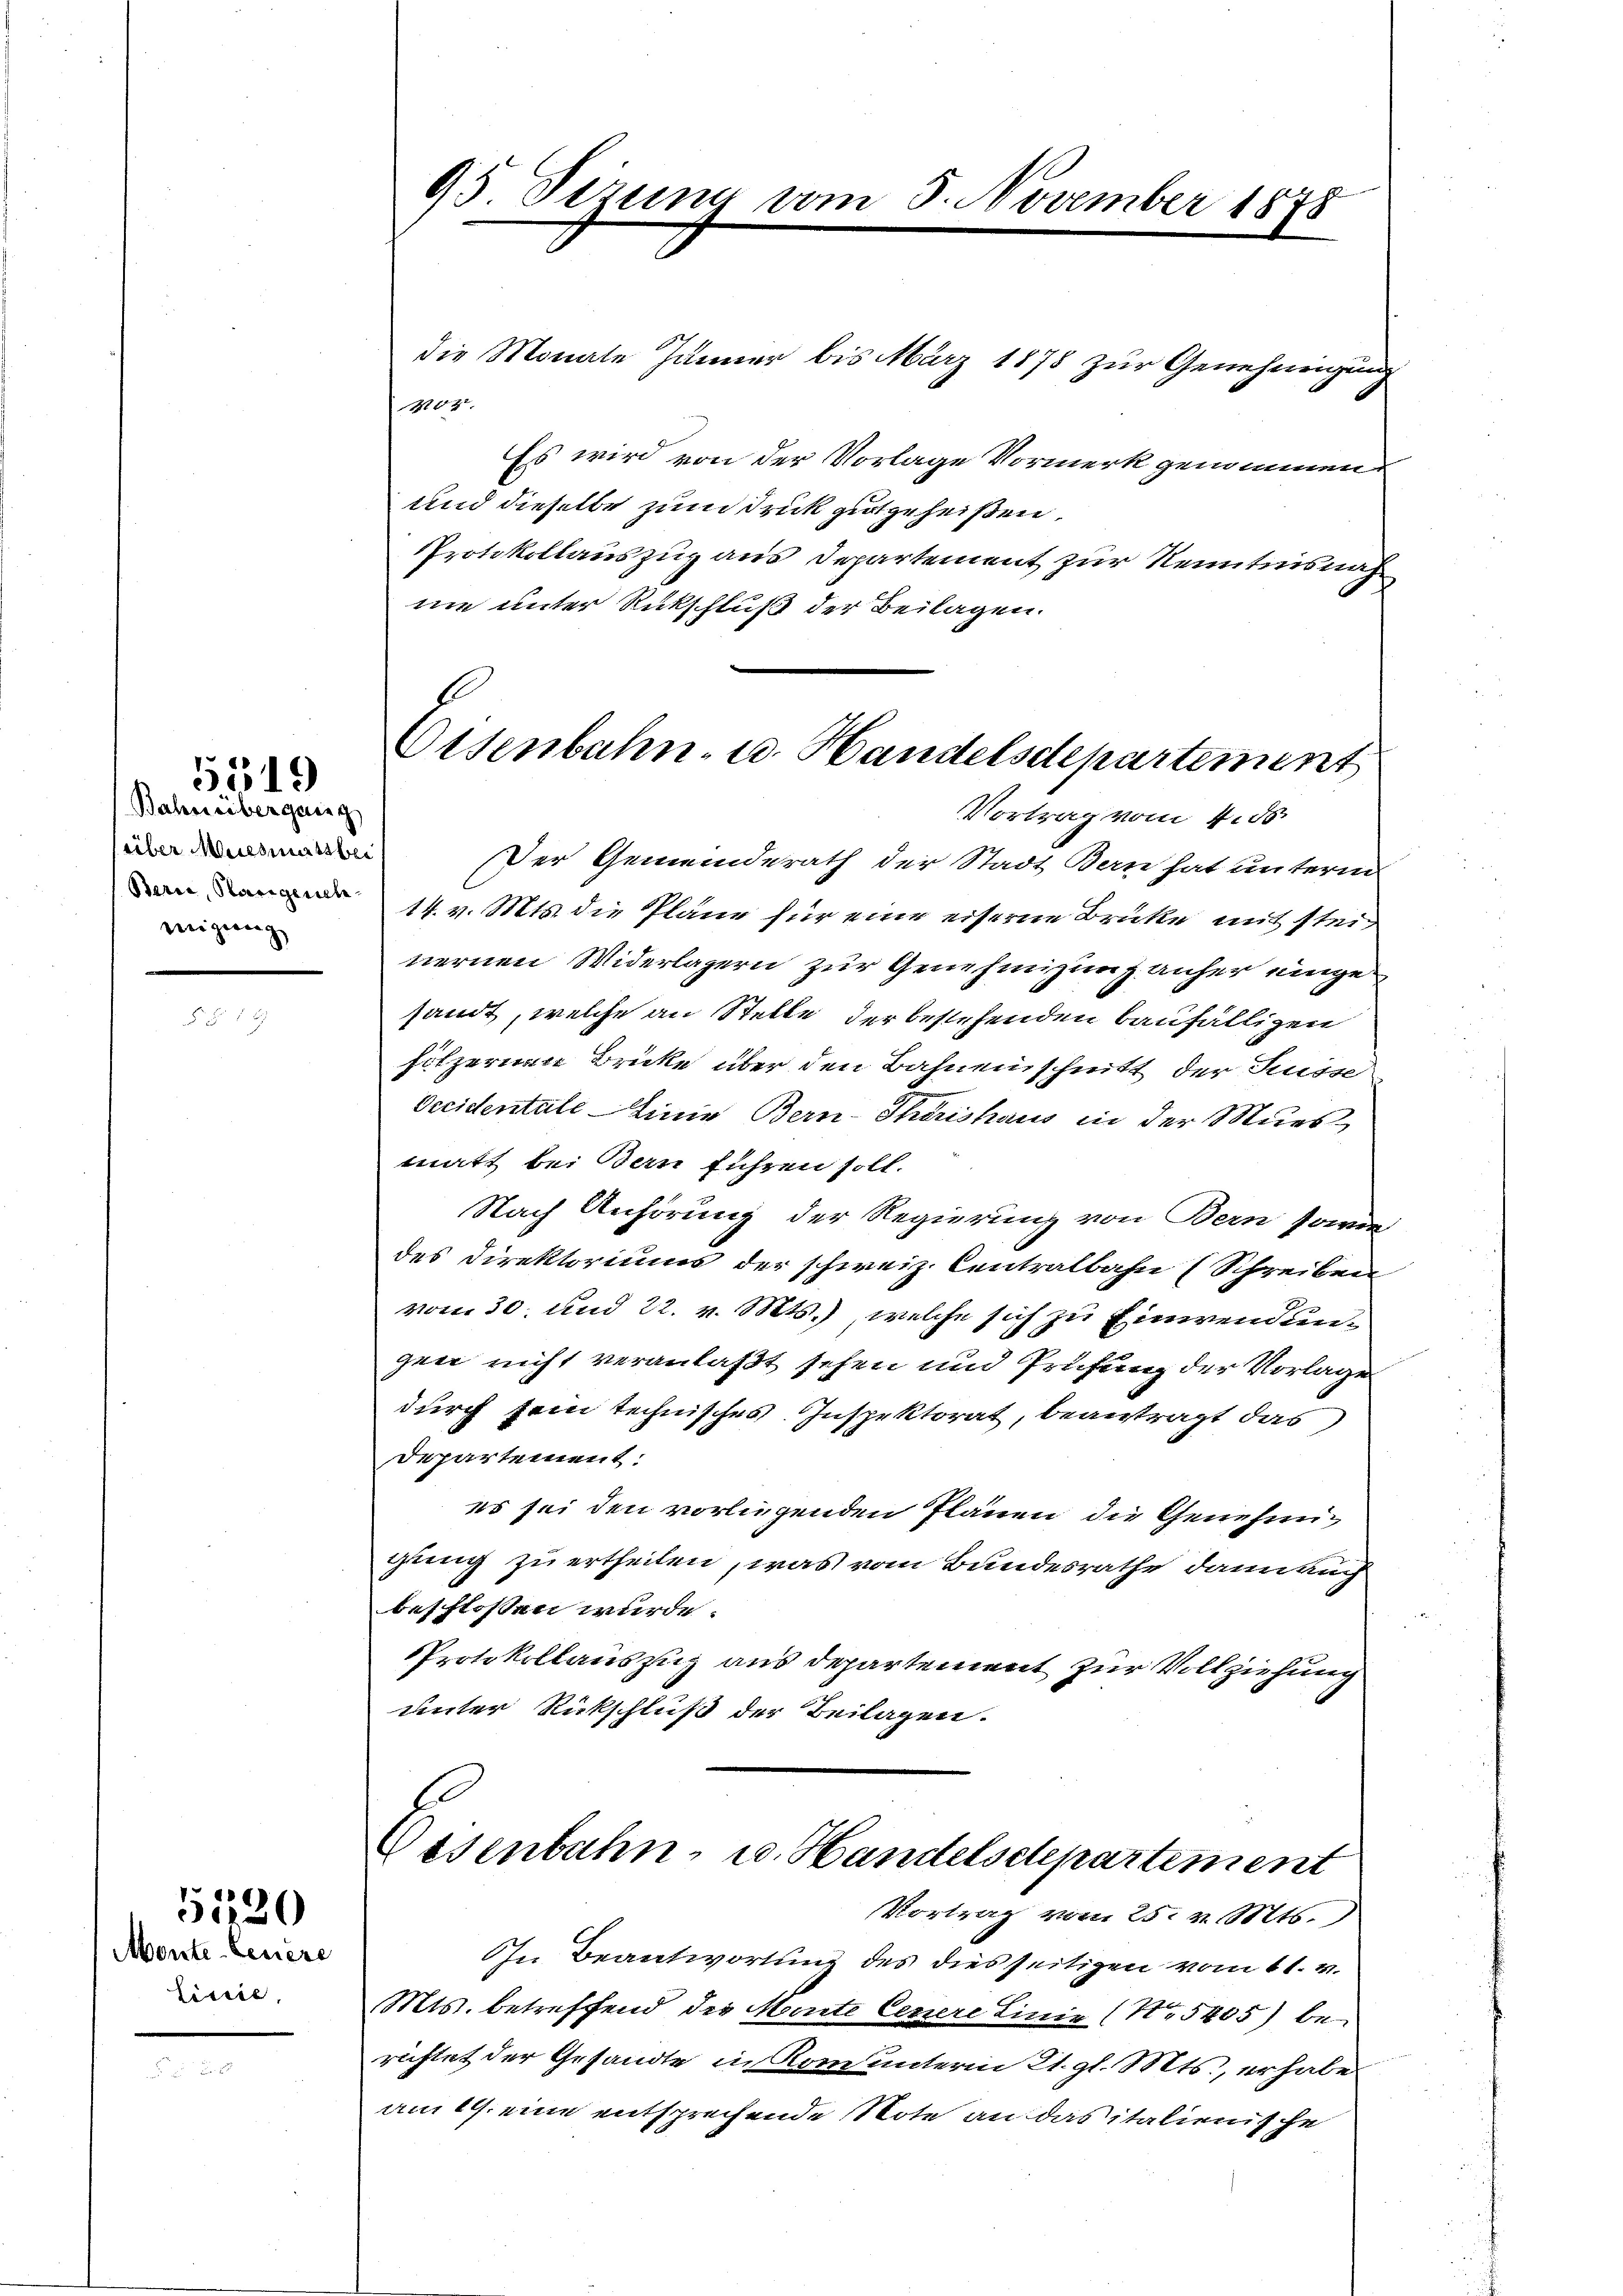
Bahnübergang
über Muesmütsbei
Baria, Sängerich
weigerung

5519

Monte besiere
Lisire.

51220

95 Sizung vom 8. November 1878

die Monate Jänner bis März 1878 zur Genehmigung
M04. |
Es wird von der Vorlage Vormerk genommen
und dieselbe zum Druck gutgeheißen.
Protokollauszug aus Departement zur Kenntnisnah
ne unter Rückschluß der Beilagen.
Vortrag vom 4. ds.
Der Gemeinderath der Stadt Bern hat unterm
14. v. Mts. die Pläne für eine eiserne Brücke mit stein
nernen Widerlagern zur Genehmigung anher eingesandt, welche an Stelle der bestehenden baufälligen
hilzernen Brücke über den Bahnenschnitt der Fusse
Occidentale Linie Bern-Thörishaus in der Muesmatt bei Bern führen soll.
Nach Anhörung der Regierung von Bern sowie
des Direktoriums der schweiz. Centralbahn (Schreiben
vom 30. und 22. v. Mts.), welche sich zu Einwendungee nicht veranlaßt sehen und Prüfung der Vorlage
durch sein technisches Inspektorat, beantragt das
Departement.
es sei den vorliegenden Plänen die Genehmigung zu ertheilen, was vom Bundesrathe dannkuch
beschlossen wurde.
Protokollauszug aus departement zur Vollziehung
unter Rückschluß der Beilagen.

Eisenbahn- u. Handelsdepartement

.
Osenbahn, u. Handelsdepartement
Vortrag vom 25. v. Mts.

Ohn Beantwortung des diesseitigen vom 11. v.
Mts. betreffend die Mante Cezere Linie (Nr. 5405) berichtet der Gesandte in Rom unterm 21. gl. Mts., er habe
am 19. eine entsprechende Note an das italienische